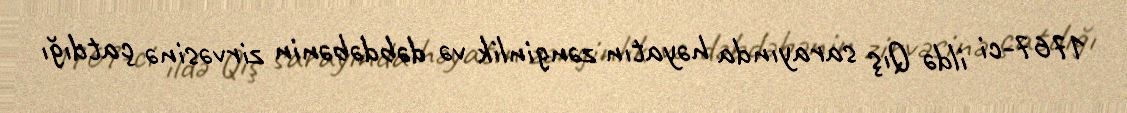
1767-ci ildə Qış sarayında həyatın zənginlik və dəbdəbənin zirvəsinə çatdığı